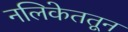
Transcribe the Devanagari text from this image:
नलिकेततून